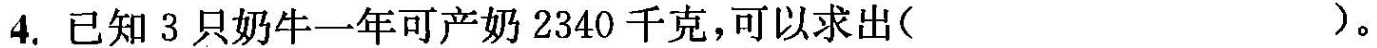
4.已知3只奶牛一年可产奶2340千克，可以求出（ ）。